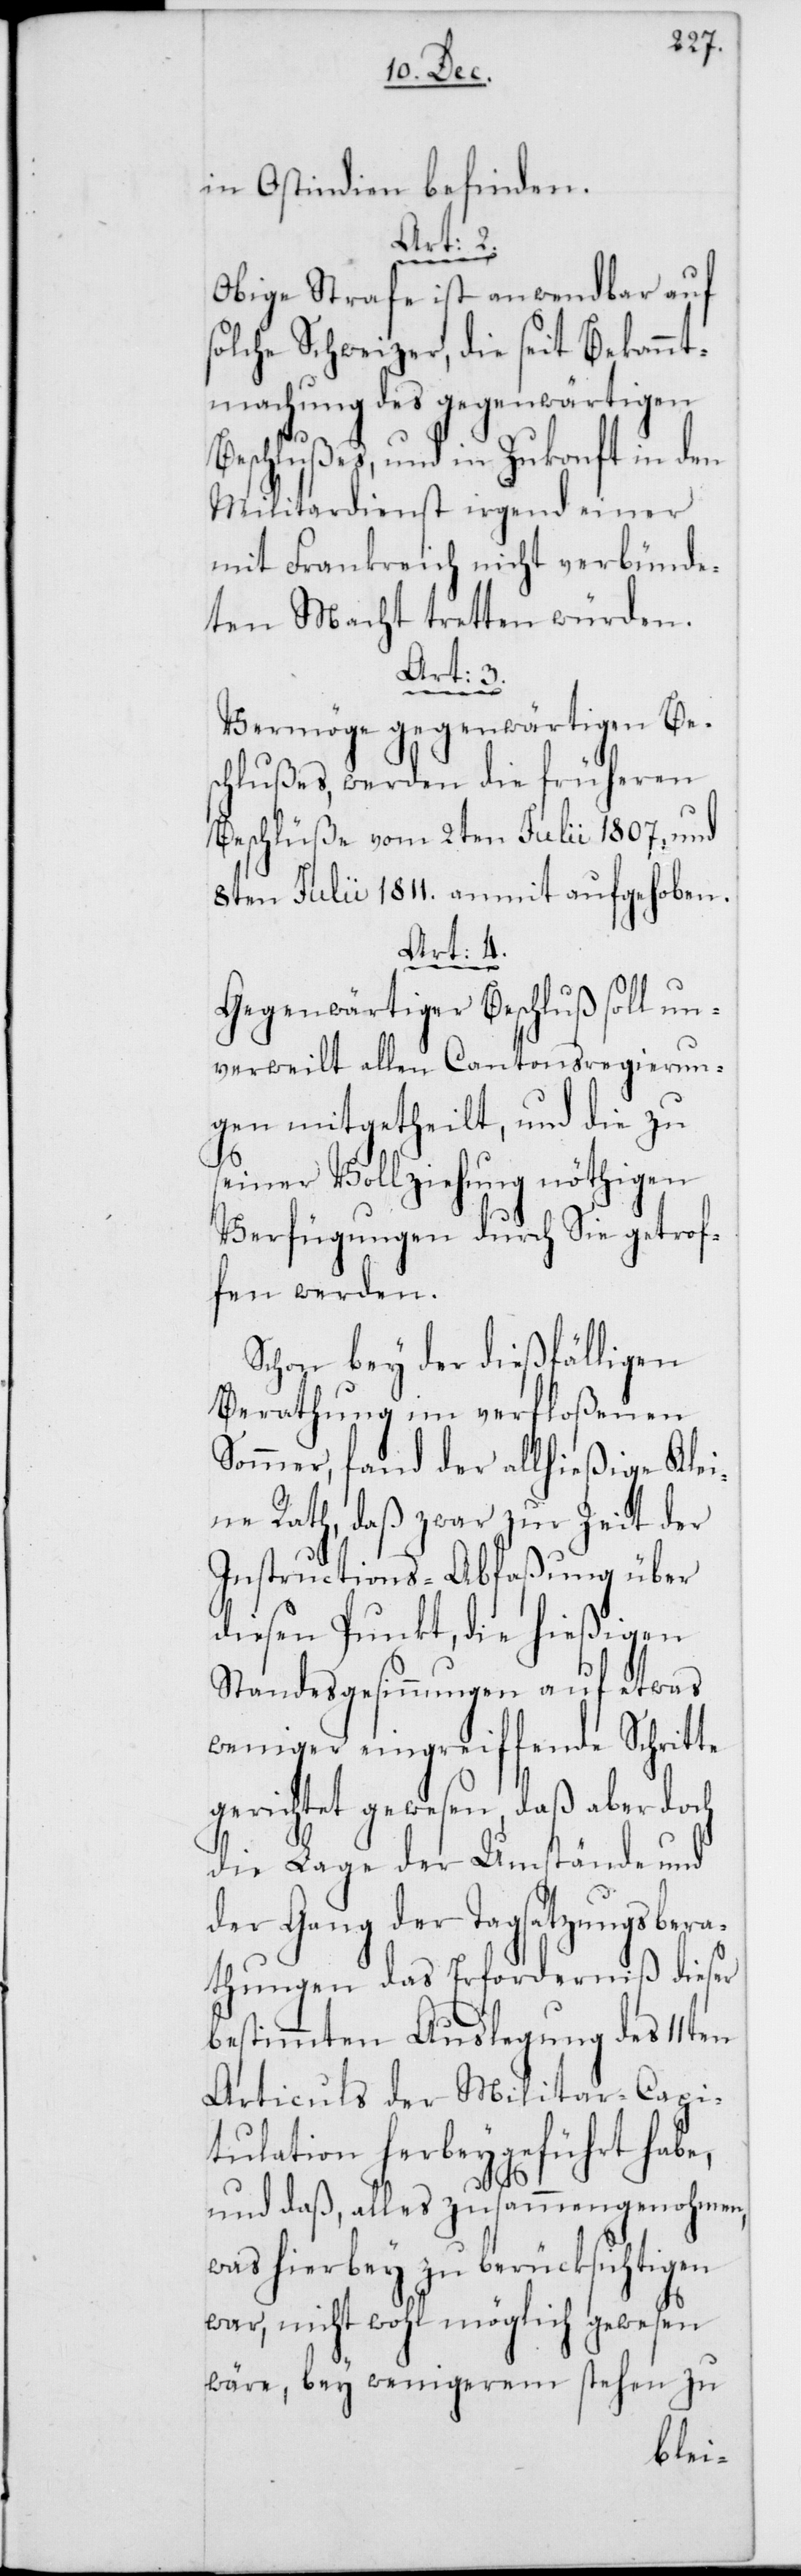
in Ostindien befinden.
Art: 2.
Obige Strafe ist anwendbar auf
solche Schweizer, die seit Bekannt¬
machung des gegenwärtigen
Beschlußes, und in Zukonft in den
Militardienst irgend einer
mit Frankreich nicht verbünde¬
ten Macht tretten würden.
Art: 3.
Vermöge gegenwärtigen Be¬
schlußes, werden die früheren
Beschlüße vom 2ten Julii 1807, und
8ten Julii 1811. anmit aufgehoben.
Art: 4.
Gegenwärtiger Beschluß soll un¬
verweilt allen Cantonsregierun¬
gen mitgetheilt, und die zu
seiner Vollziehung nöthigen
Verfügungen durch Sie getrof¬
fen werden.
Schon bey der dießfälligen
Berathung im verfloßenen
Sommer, fand der allhießige Klei¬
ne Rath, daß zwar zur Zeit der
Instructions-Abfaßung über
diesen Punkt, die hießigen
Standesgesinnungen auf etwas
weniger eingreiffende Schritte
gerichtet gewesen, daß aber doch
die Lage der Umstände und
der Gang der Tagsatzungsbera¬
thungen das Erforderniß dieser
bestimmten Auslegung des 11ten
Articuls der Militar-Capi¬
tulation herbeygeführt habe,
und daß, alles zusammengenohmen,
was hierbey zu berücksichtigen
war, nicht wohl möglich gewesen
wäre, bey wenigerem stehen zu